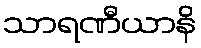
သာရဏီယာနိ